Vaccination in Bombay 1863-1868 - 1863-1868
Year: 1863
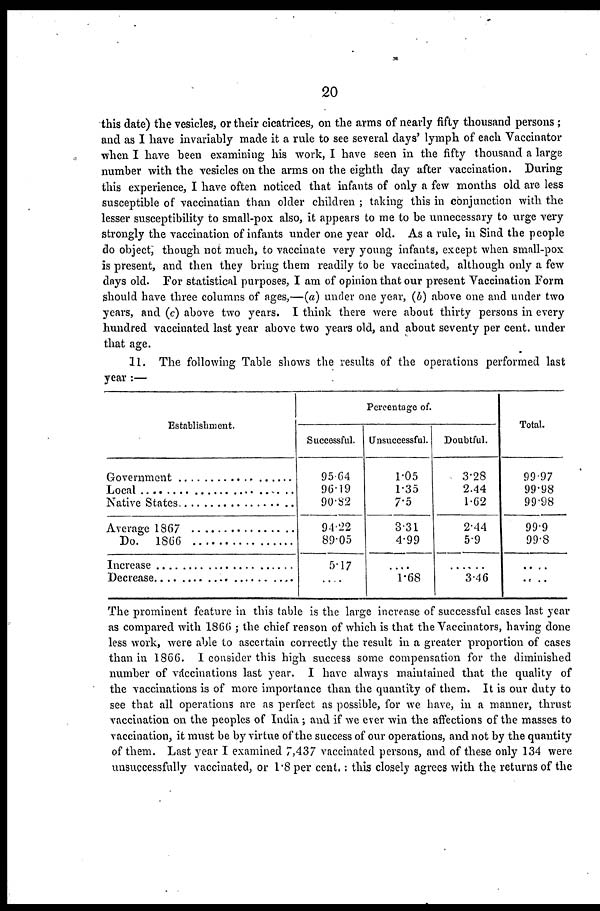
20
this date) the vesicles, or their cicatrices, on the arms of nearly fifty thousand persons ;
and as I have invariably made it a rule to see several days' lymph of each Vaccinator
when I have been examining his work, I have seen in the fifty thousand a large
number with the vesicles on the arms on the eighth day after vaccination. During
this experience, I have often noticed that infants of only a few months old are less
susceptible of vaccinatian than older children ; taking this in conjunction with the
lesser susceptibility to small-pox also, it appears to me to be unnecessary to urge very
strongly the vaccination of infants under one year old. As a rule, in Sind the people
do object, though not much, to vaccinate very young infants, except when small-pox
is present, and then they bring them readily to be vaccinated, although only a few
days old. For statistical purposes, I am of opinion that our present Vaccination Form
should have three columns of ages,—(a) under one year, (b) above one and under two
years, and (c) above two years. I think there were about thirty persons in every
hundred vaccinated last year above two years old, and about seventy per cent. under
that age.
11. The following Table shows the results of the operations performed last
year :—
Establishment.
Government .......................
Local ..................................
Native States ......................
Average 1867 ....................
Do. 1866 ..........................
Increase .............................
Decrease ...........................
Percentage of.
Successful.
95.64
96.19
90.82
94.22
89.05
5.17
....
Unsuccessful.
1.05
1.35
7.5
3.31
4.99
....
1.68
Doubtful.
3.28
2.44
1.62
2.44
5.9
....
3.46
Total.
99.97
99.98
99.98
99.9
99.8
....
....
The prominent feature in this table is the large increase of successful cases last year
as compared with 1866 ; the chief reason of which is that the Vaccinators, having done
less work, were able to ascertain correctly the result in a greater proportion of cases
than in 1866. I consider this high success some compensation for the diminished
number of vaccinations last year. I have always maintained that the quality of
the vaccinations is of more importance than the quantity of them. It is our duty to
see that all operations are as perfect as possible, for we have, in a manner, thrust
vaccination on the peoples of India; and if we ever win the affections of the masses to
vaccination, it must be by virtue of the success of our operations, and not by the quantity
of them. Last year I examined 7,437 vaccinated persons, and of these only 134 were
unsuccessfully vaccinated, or 1.8 per cent. : this closely agrees with the returns of the